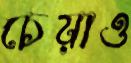
চেয়াও